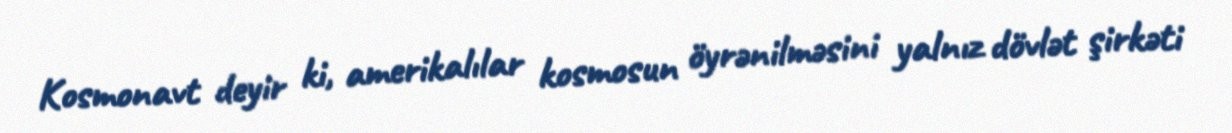
Kosmonavt deyir ki, amerikalılar kosmosun öyrənilməsini yalnız dövlət şirkəti